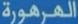
المروحة